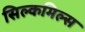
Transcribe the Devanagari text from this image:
सिल्कमिल्स